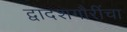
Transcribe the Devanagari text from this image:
द्वादशगौरींचा